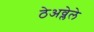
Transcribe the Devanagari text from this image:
ठेअव्लेले